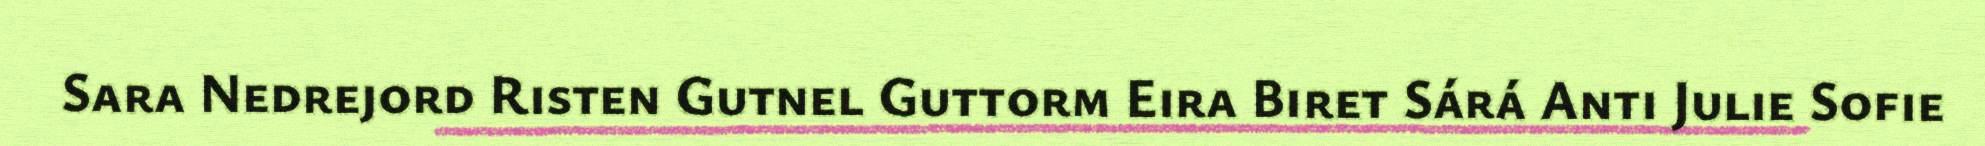
Sara Nedrejord Risten Gutnel Guttorm Eira Biret Sárá Anti Julie Sofie